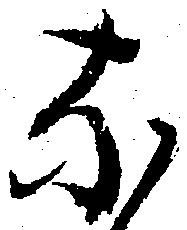
な